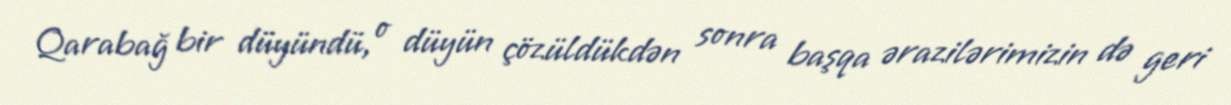
Qarabağ bir düyündü, o düyün çözüldükdən sonra başqa ərazilərimizin də geri